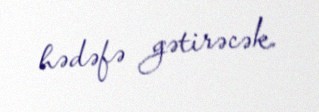
hədəfə gətirəcək.